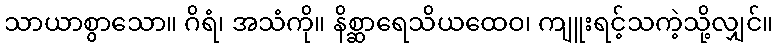
သာယာစွာသော။ ဂိရံ၊ အသံကို။ နိစ္ဆာရေသိယထေဝ၊ ကျူးရင့်သကဲ့သို့လျှင်။